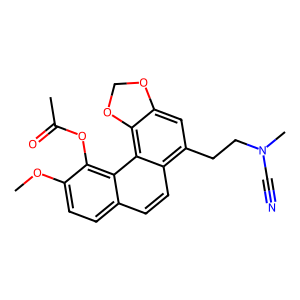
SMILES: COc1ccc2ccc3c(CCN(C)C#N)cc4c(c3c2c1OC(C)=O)OCO4
Inhibits HIV replication: No